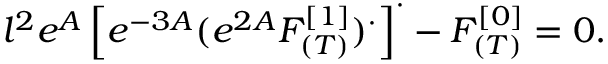
l ^ { 2 } e ^ { A } \left[ e ^ { - 3 A } ( e ^ { 2 A } F _ { ( T ) } ^ { [ 1 ] } ) ^ { \cdot } \right] ^ { \cdot } - F _ { ( T ) } ^ { [ 0 ] } = 0 .